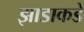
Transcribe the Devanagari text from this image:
झाडाकडे